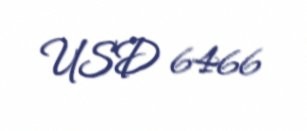
USD 6466